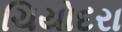
ચિયોદરા